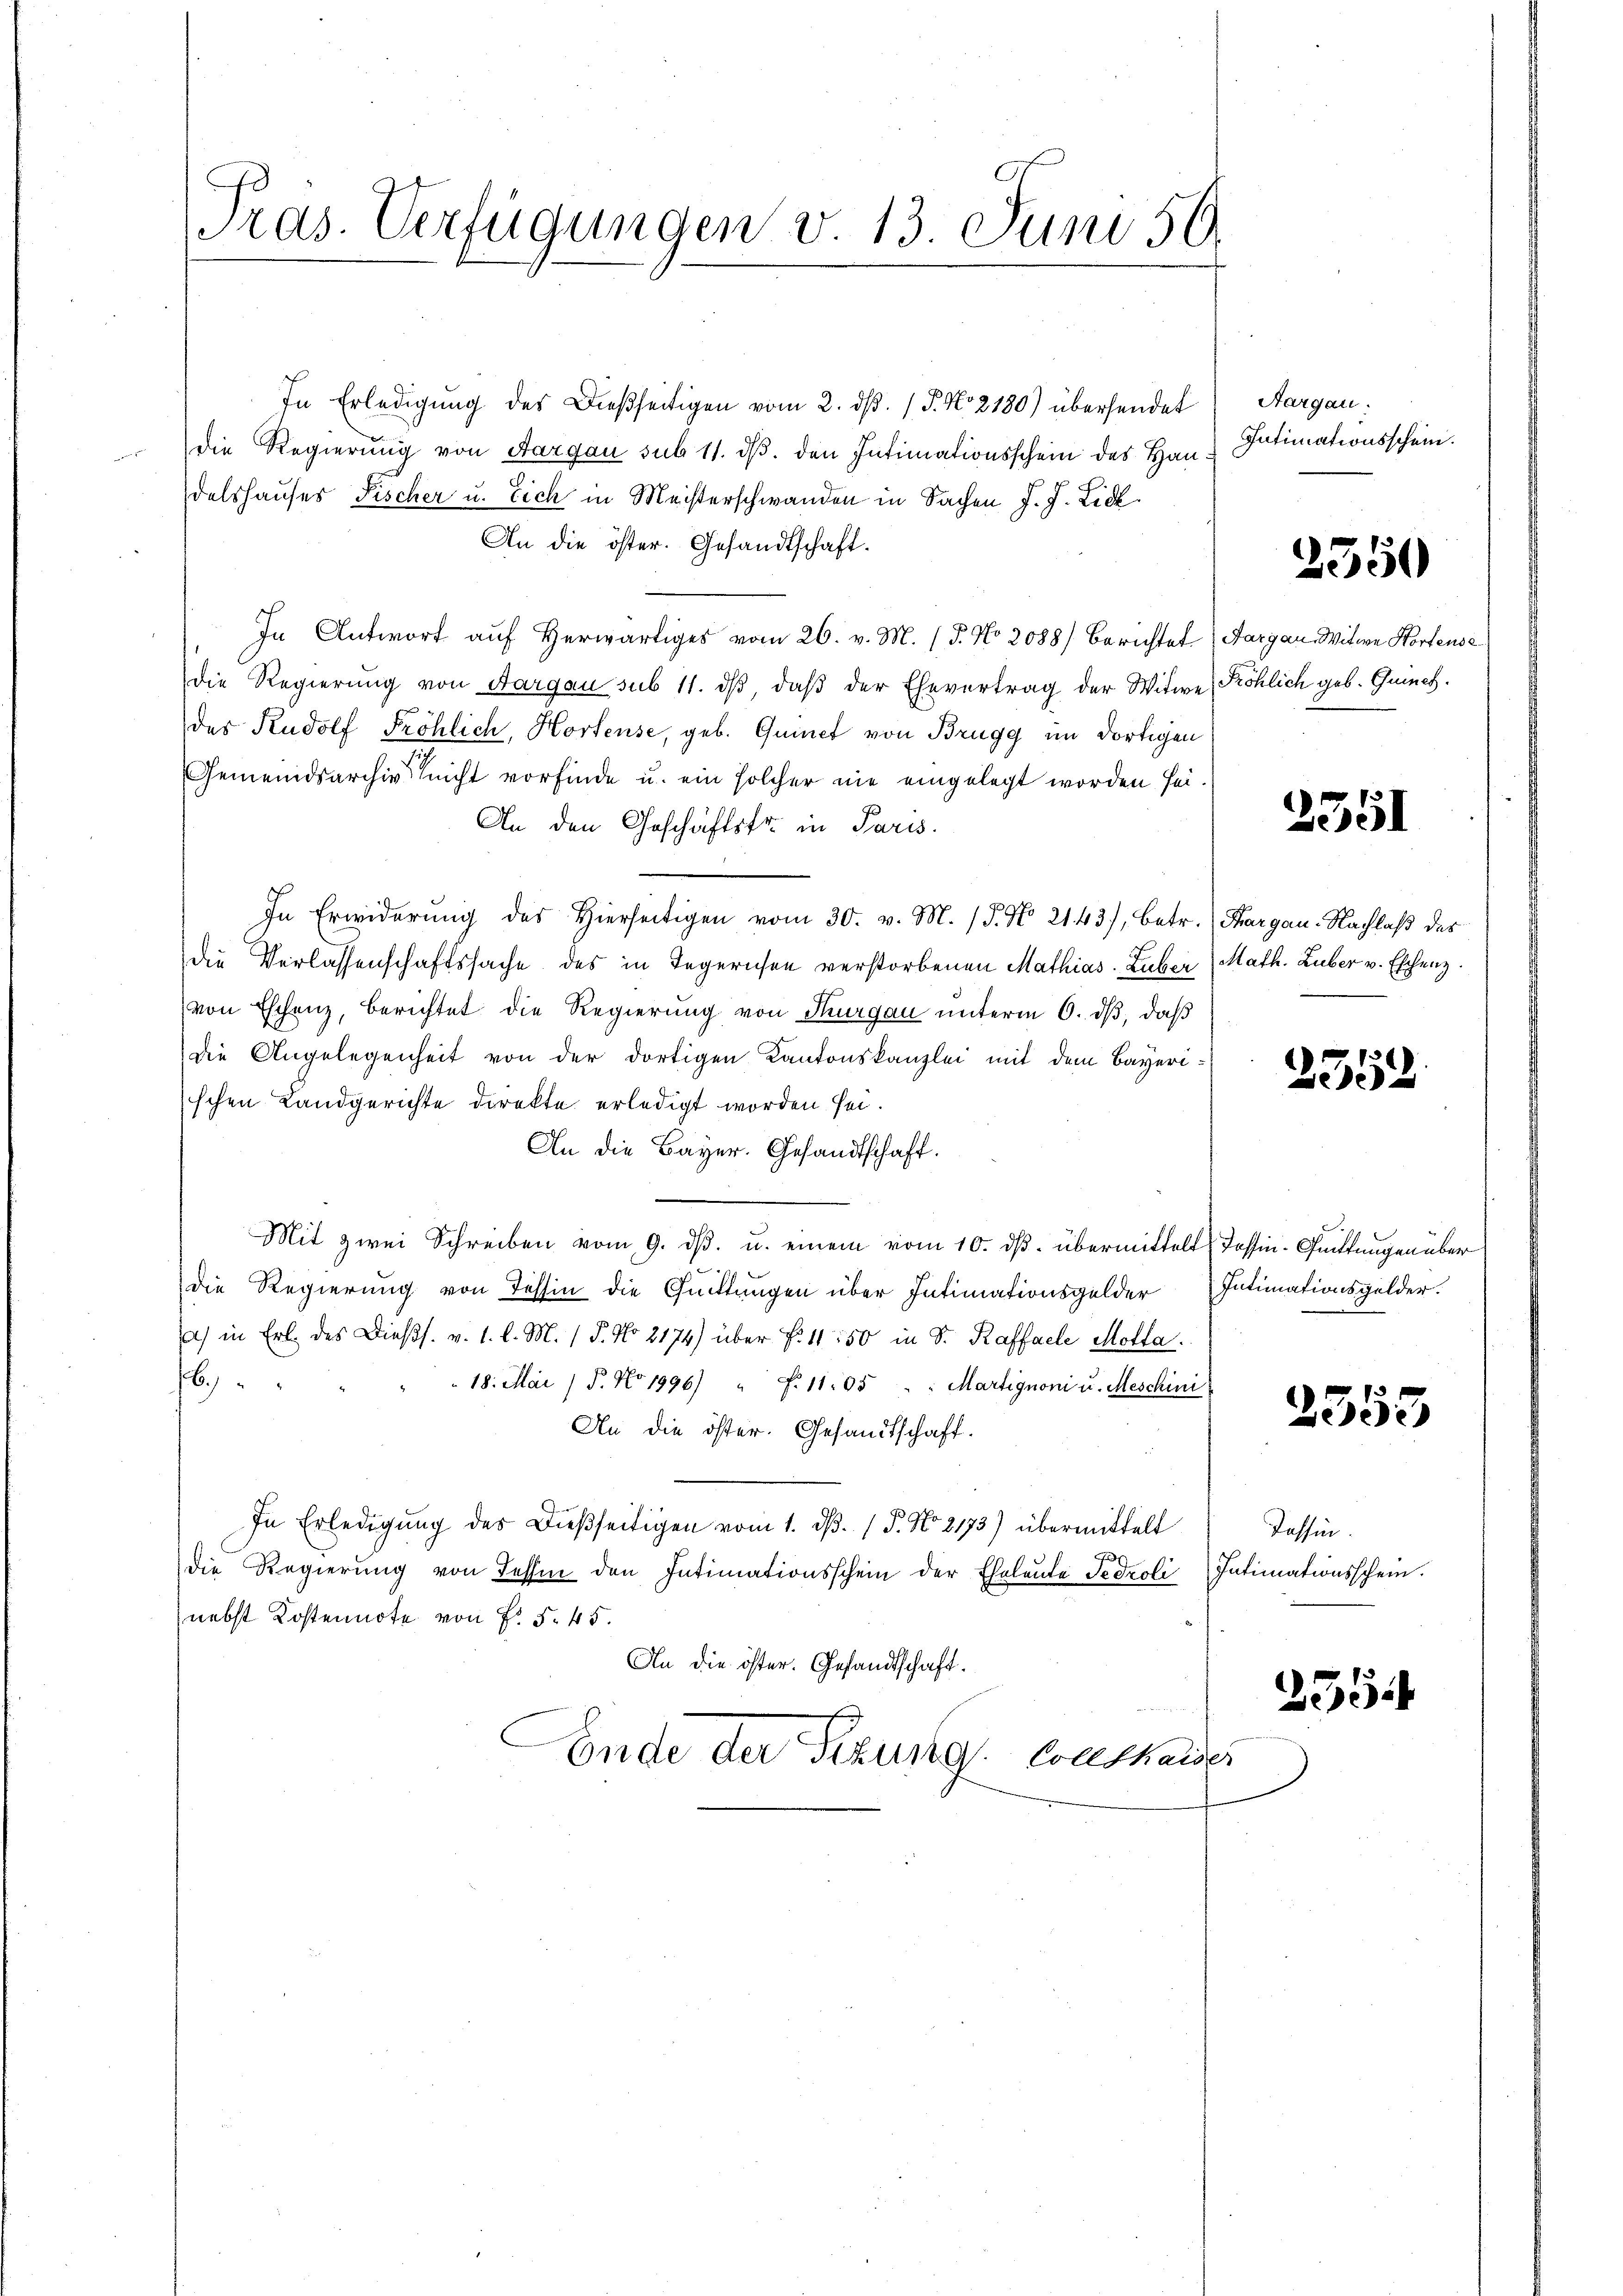
Pras. Verfügungen d. 13 Juni 50.

In Erledigung des Dießseitigen vom 2. dβ. / 5. No 2180) übersendet
die Regierung von Aargau sub 11. ds. den Intimationsschein des Hau
delshauses Fischer u. Eich in Meisterschwanden in Sachen J. J. Lich
An die öster. Gesandtschaft.
In Antwort auf herwärtiges vom 26. v. M. (T. No 2088) Berichtet Aargau, Witwe Hortense
die Regierung von Aargau sub 11. dβ, daß der Ehevertrag der Witwe Röhlich geb. Quinch
des Rudolf Fröhlich, Hortense, geb. Quinet von Brugg im dortigen
Gemeindsarchiv nicht vorfinde u. ein solcher nie eingelegt worden sei.
An den Geschäftsfr. in Paris.

In Erwiderung des Hierseitigen vom 30. v. M. (T. No. 2143), betr. Margau. Nachlaß des
die Verlassenschaftssache des in Jegerien verstorbenen Mathias Zuber Math. Luber v. Eschenz.
von Eschenz, berichtet die Regierung von Thurgau unterm 6. dβ, daß
die Angelegenheit von der dortigen Kantonskanzlei mit dem Bayerischen Landgerichte direkte erledigt worden sei.
An die Bayer. Gesandtschaft.
Mit zwei Schreiben vom 9. dß. u. einem vom 10. ds. übermittelt Tessin-Quittungen über
die Regierung von Tessin die Quittungen über Intimationsgelder
a) in Erl. des Diess. v. 1. l. M. / 5. No 2174) über f. 1150 in Sr. Kaffael Molla
b
18. Mai / P. No 1996) " F. 11:05 " " Martignoni u. Meschini
An die öster. Gesandtschaft.
In Erledigŭng des dießseitigen vom 1. dβ. (T. No 2173) übermittelt
J
Die Regierung von Tessin den Intimationsschein der Eheleute Sedroli
nebst Kostennote von Fr. 5. 45.
An die öster. Gesandtschaft.
Ende der Fizung Contheider

Aargau.
Intimationsschein.

Intimationsgelder.

Tessin.
Intimationsschein.

2550

2351

2352.

2355

2554